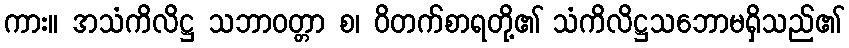
ကား။ အသံကိလိဋ္ဌ သဘာဝတ္တာ စ၊ ဝိတက်စာရတို့၏ သံကိလိဋ္ဌသဘောမရှိသည်၏